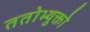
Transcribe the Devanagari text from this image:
ततोभ्युक्तो